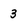
Character: 3